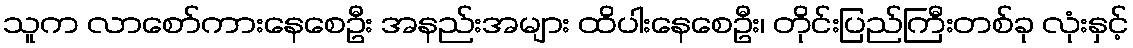
သူက လာစော်ကားနေစေဦး အနည်းအများ ထိပါးနေစေဦး၊ တိုင်းပြည်ကြီးတစ်ခု လုံးနှင့်